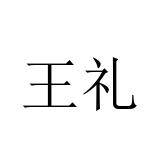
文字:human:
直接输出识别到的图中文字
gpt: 王礼